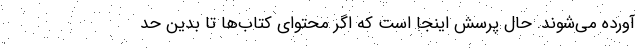
آورده می‌شوند. حال پرسش اینجا است که اگر محتوای کتاب‌ها تا بدین حد